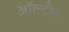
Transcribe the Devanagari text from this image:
ऑल्टोस